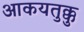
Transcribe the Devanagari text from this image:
आकयतुक्कु